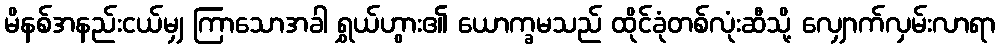
မိနစ်အနည်းငယ်မျှ ကြာသောအခါ ရွှယ်ဟွား၏ ယောက္ခမသည် ထိုင်ခုံတစ်လုံးဆီသို့ လျှောက်လှမ်းလာရာ